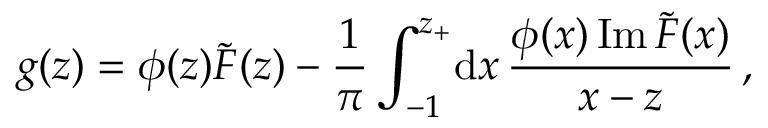
g ( z ) = \phi ( z ) \tilde { F } ( z ) - { \frac { 1 } { \pi } } \int _ { - 1 } ^ { z _ { + } } \! \mathrm { d } x \, { \frac { \phi ( x ) \, \mathrm { I m } \, \tilde { F } ( x ) } { x - z } } \, ,